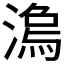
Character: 𣻍